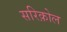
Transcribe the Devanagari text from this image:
सरिक़ोल